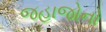
જહાજોનો